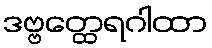
ဒဗ္ဗတ္ထေရဂါထာ